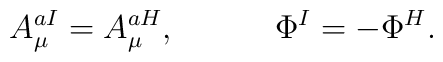
A_{\mu}^{aI} = A_{\mu}^{aH}, \ \ \ \ \ \ \ \ \  \Phi^I = - \Phi^H.